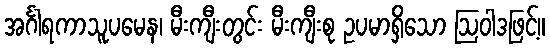
အင်္ဂါရကာသူပမေန၊ မီးကျီးတွင်း မီးကျီးစု ဥပမာရှိသော ဩဝါဒဖြင့်။